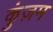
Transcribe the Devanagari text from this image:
कुंज़म